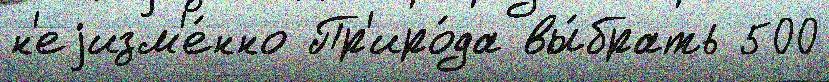
н'еjизм'е́нно Пр'иро́да вы́брать 500